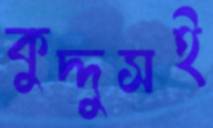
কুদ্দুসই